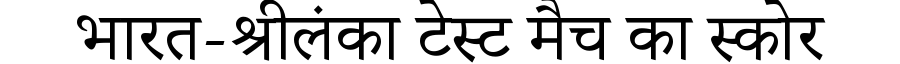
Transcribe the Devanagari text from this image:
भारत-श्रीलंका टेस्ट मैच का स्कोर